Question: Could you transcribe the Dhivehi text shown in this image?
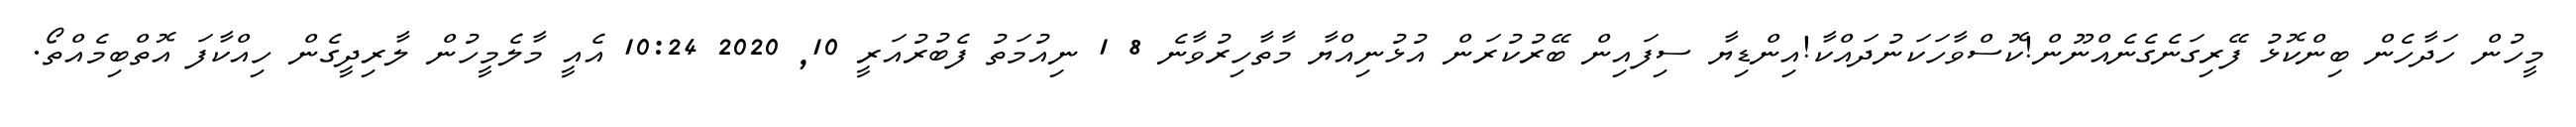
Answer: މީހުން ހަދާހެން ބިންކޮޅު ފޭރިގަނެގެނެއްނޫން!ކޮސްވާހަކަނުދައްކާ!އިންޑިޔާ ސިފައިން ބޭރުކުރަން އުޅުނިއްޔާ މާތާހިރުވާނެ 8 1 ނިއުމަތު ފެބުރުއަރީ 10, 2020 10:24 އެއީ މާލެމީހުން ލާރިދީގެން ހިއްކާފަ އޮތްބިމެއްތޯ.